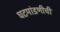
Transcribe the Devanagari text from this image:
घटमांडणीची